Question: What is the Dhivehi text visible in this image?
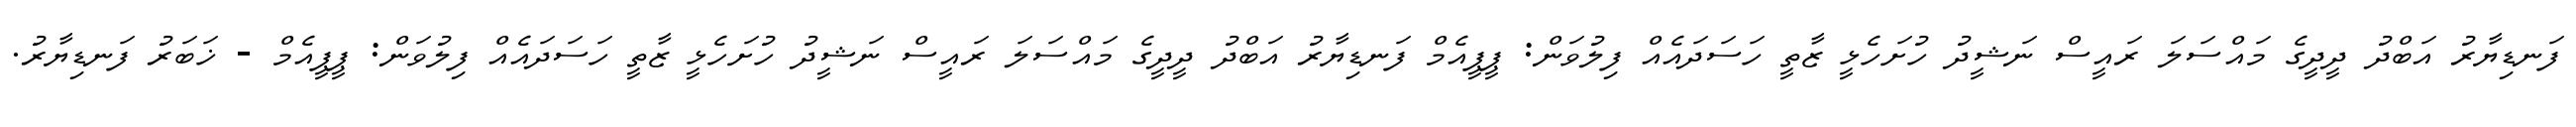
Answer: ފަނޑިޔާރު އަބްދު ދީދީގެ މައްސަލަ ރައީސް ނަޝީދު ހުށަހެޅީ ޒާތީ ހަސަދައެއް ފިލުވަން: ޕީޕީއެމް ފަނޑިޔާރު އަބްދު ދީދީގެ މައްސަލަ ރައީސް ނަޝީދު ހުށަހެޅީ ޒާތީ ހަސަދައެއް ފިލުވަން: ޕީޕީއެމް - ޚަބަރު ފަނޑިޔާރު.